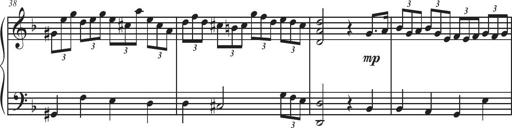
Title: Sonatina Espania
Composer: Jerald Franklin Archer
Key: Various